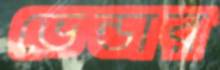
ভেন্ডার